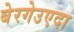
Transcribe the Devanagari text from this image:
बेरगेउएदा